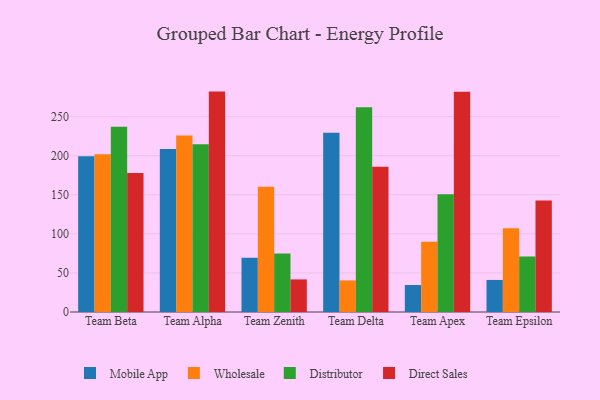
{"axis": {"x": "Team", "y": "Revenue (USD Million)"}, "legend": ["Direct Sales", "Distributor", "Mobile App", "Wholesale"], "data": [{"x": "Team Beta", "y": 199.3, "type": "Mobile App"}, {"x": "Team Beta", "y": 201.8, "type": "Wholesale"}, {"x": "Team Beta", "y": 236.9, "type": "Distributor"}, {"x": "Team Beta", "y": 177.9, "type": "Direct Sales"}, {"x": "Team Alpha", "y": 208.4, "type": "Mobile App"}, {"x": "Team Alpha", "y": 225.8, "type": "Wholesale"}, {"x": "Team Alpha", "y": 214.7, "type": "Distributor"}, {"x": "Team Alpha", "y": 282.0, "type": "Direct Sales"}, {"x": "Team Zenith", "y": 69.3, "type": "Mobile App"}, {"x": "Team Zenith", "y": 160.1, "type": "Wholesale"}, {"x": "Team Zenith", "y": 75.0, "type": "Distributor"}, {"x": "Team Zenith", "y": 41.7, "type": "Direct Sales"}, {"x": "Team Delta", "y": 229.5, "type": "Mobile App"}, {"x": "Team Delta", "y": 40.4, "type": "Wholesale"}, {"x": "Team Delta", "y": 261.9, "type": "Distributor"}, {"x": "Team Delta", "y": 185.9, "type": "Direct Sales"}, {"x": "Team Apex", "y": 34.5, "type": "Mobile App"}, {"x": "Team Apex", "y": 89.8, "type": "Wholesale"}, {"x": "Team Apex", "y": 150.6, "type": "Distributor"}, {"x": "Team Apex", "y": 281.9, "type": "Direct Sales"}, {"x": "Team Epsilon", "y": 41.0, "type": "Mobile App"}, {"x": "Team Epsilon", "y": 107.3, "type": "Wholesale"}, {"x": "Team Epsilon", "y": 71.0, "type": "Distributor"}, {"x": "Team Epsilon", "y": 142.8, "type": "Direct Sales"}]}